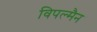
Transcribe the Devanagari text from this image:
विपल्मैन